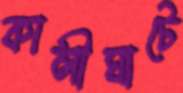
কালীঘাটে